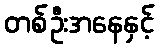
တစ်ဦးအနေနှင့်